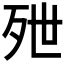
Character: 𬆑